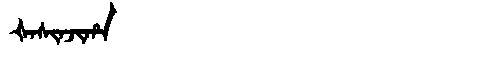
Manchu: ᡧᠠᠰᡳᠨᠵᡳᡥᠠ
Romanization: ŠASINJIHA